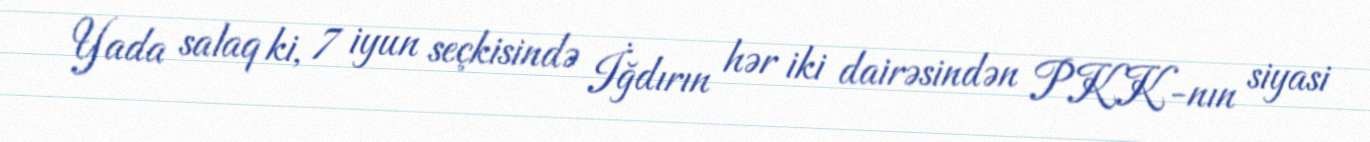
Yada salaq ki, 7 iyun seçkisində İğdırın hər iki dairəsindən PKK-nın siyasi